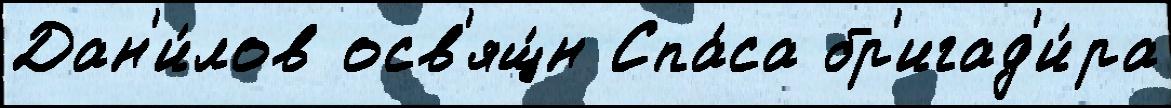
Дан'и́лов осв'ящ́н Спа́са бр'игад'и́ра